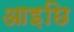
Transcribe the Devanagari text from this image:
आइछि